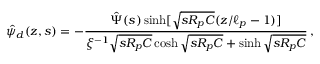
\hat { \psi } _ { d } ( z , s ) = - \frac { \hat { \Psi } ( s ) \sinh [ \sqrt { s R _ { p } C } ( z / \ell _ { p } - 1 ) ] } { \xi ^ { - 1 } \sqrt { s R _ { p } C } \cosh \sqrt { s R _ { p } C } + \sinh \sqrt { s R _ { p } C } } \, ,